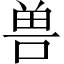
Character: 兽